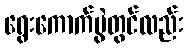
ရွေးကောက်ပွဲတွင်လည်း